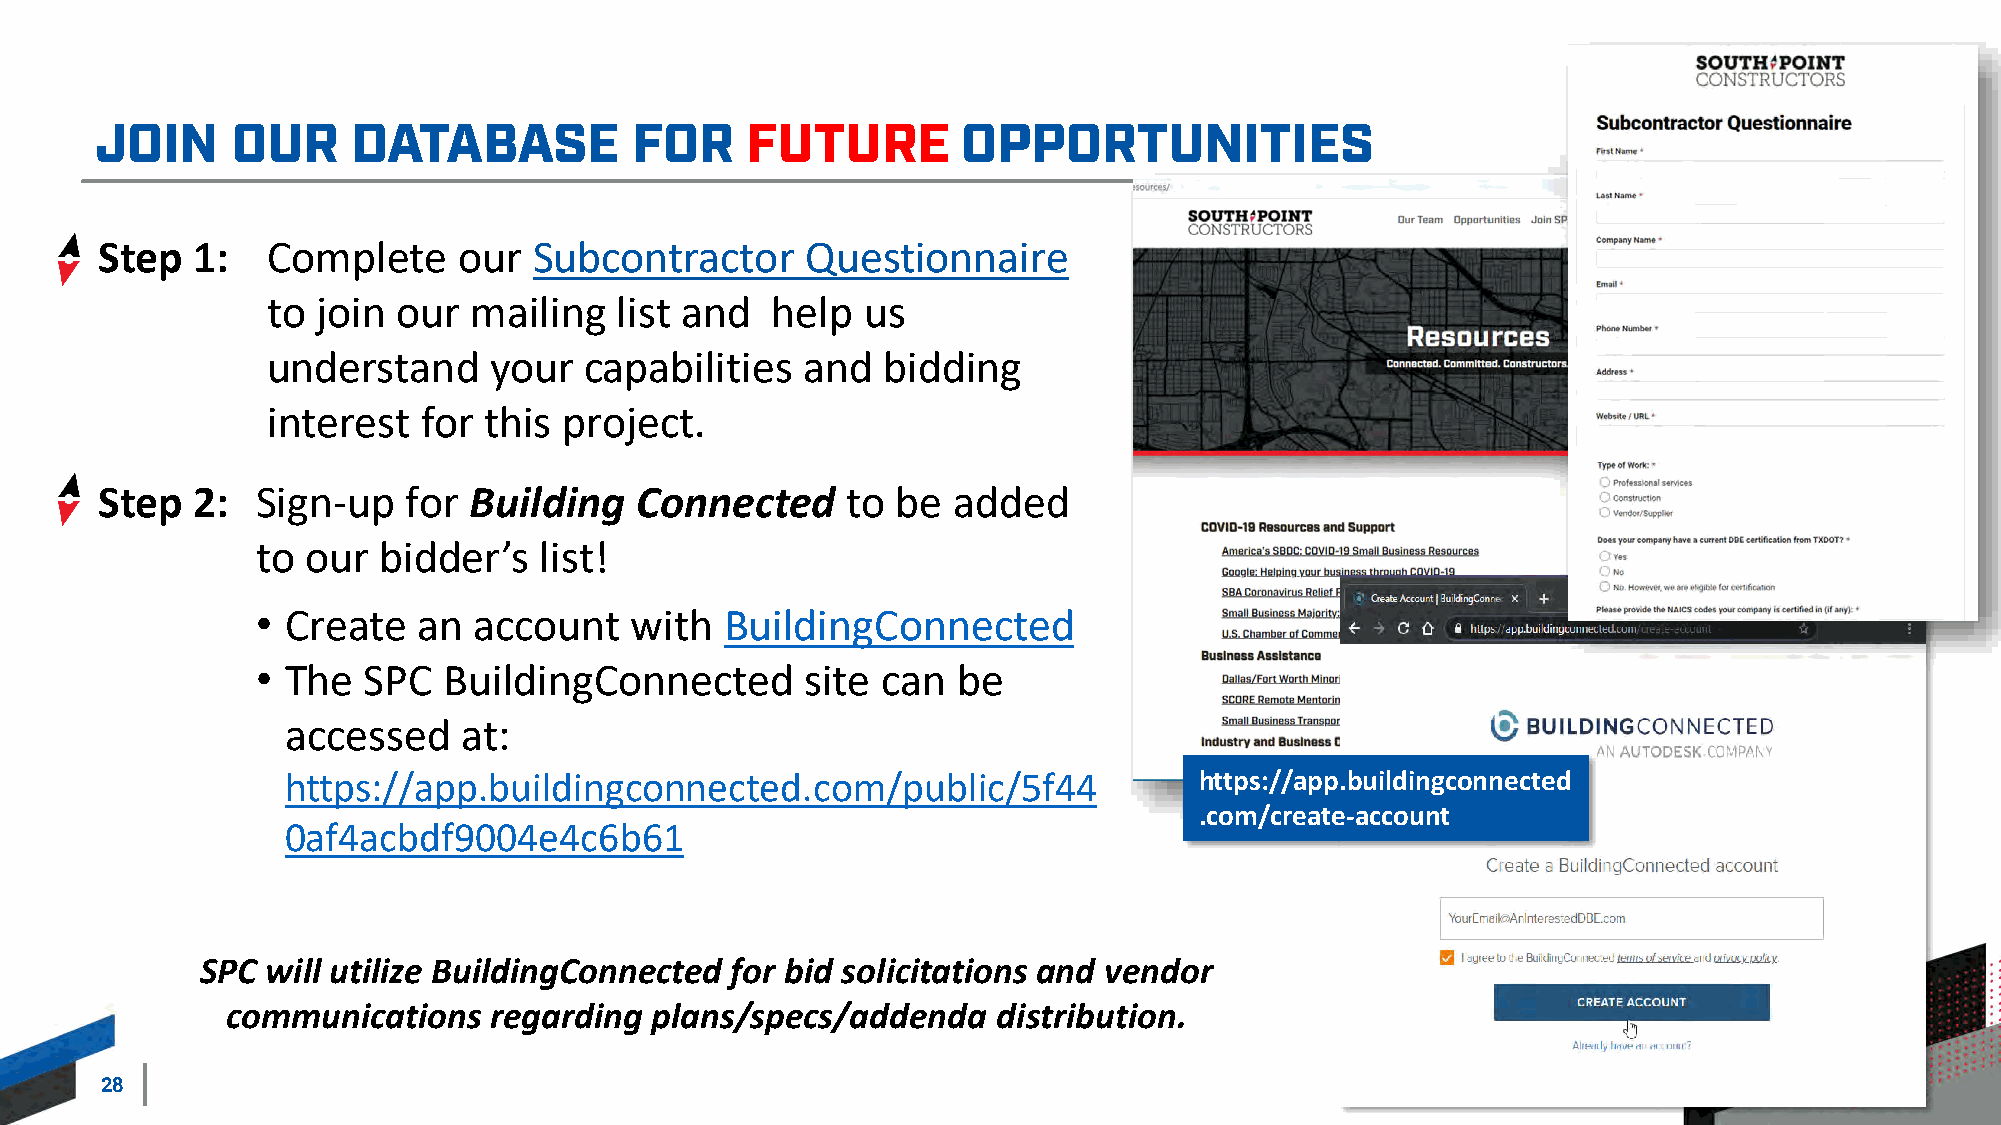
Step   1:   Complete    our  Subcontractor     Questionnaire
 to join our  mailing   list and  help  us
 understand    your   capabilities  and  bidding
 interest  for this project.
 Step   2:  Sign-up   for Building   Connected     to be  added
 to our  bidder’s   list!
 • Create   an account    with  BuildingConnected
 • The  SPC  BuildingConnected       site can  be
 accessed    at:
 https://app.buildingconnected.com/public/5f44               https://app.buildingconnected
 .com/create-account
 0af4acbdf9004e4c6b61
 SPC  will utilize BuildingConnected for bid solicitations and vendor
 communications   regarding  plans/specs/addenda    distribution.
 28